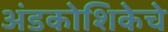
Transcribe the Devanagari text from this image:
अंडकोशिकेचे